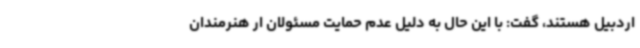
اردبیل هستند، گفت: با این حال به دلیل عدم حمایت مسئولان ار هنرمندان